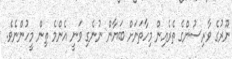
ނޫރުގެ ވާރިސުންގެ ތެރެއިން މިހާތަނަށް ބަޔާން ނުނެގި ވަނީ އެންމެ ތިން މީހުންނެވެ.